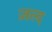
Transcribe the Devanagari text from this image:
ज़ल्द